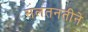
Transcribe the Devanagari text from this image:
सलतनतीने